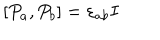
[ P _ { a } , P _ { b } ] = \varepsilon _ { a b } I